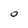
Character: O